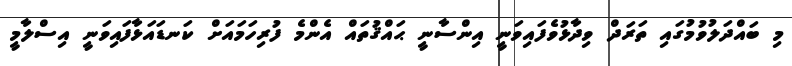
މި ބައްދަލުވުމުގައި ތަރަދް ވިދާޅުވެފައިވަނީ އިންސާނީ ޙައްޤުތައް އެންމެ ފުރިހަމައަށް ކަނޑައަޅާފައިވަނީ އިސްލާމީ